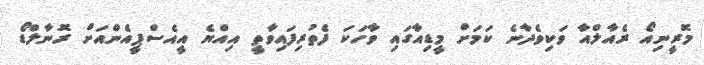
މޮރީނިއޯ ރެއާލްއާ ވަކިވެދާނެ ކަމަށް މީޑިއާގައި ވާހަކަ ފެތުރިފައިވާތީ އިއްޔެ އީއެސްޕީއެންއަށް ރޮނާލްޑޯ